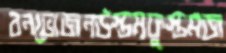
বনভোজনউস্তমফুস্তমজ